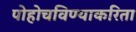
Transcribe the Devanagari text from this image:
पोहोचविण्याकरिता